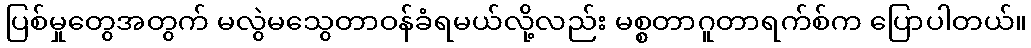
ပြစ်မှုတွေအတွက် မလွဲမသွေတာဝန်ခံရမယ်လို့လည်း မစ္စတာဂူတာရက်စ်က ပြောပါတယ်။